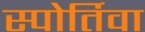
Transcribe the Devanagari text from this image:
स्पोर्तिवा